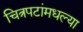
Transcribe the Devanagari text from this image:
चित्रपटांमधल्या